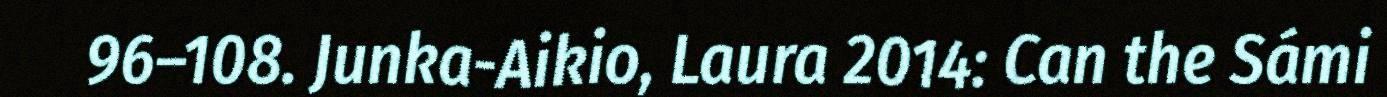
96–108. Junka-Aikio, Laura 2014: Can the Sámi